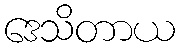
ဒေသိတာယ